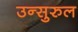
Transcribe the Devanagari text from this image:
उन्सुरुल